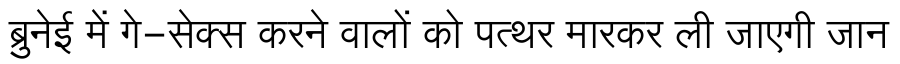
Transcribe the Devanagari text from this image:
ब्रुनेई में गे-सेक्स करने वालों को पत्थर मारकर ली जाएगी जान